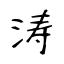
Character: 涛